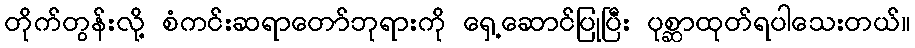
တိုက်တွန်းလို့ စံကင်းဆရာတော်ဘုရားကို ရှေ့ဆောင်ပြုပြီး ပုစ္ဆာထုတ်ရပါသေးတယ်။